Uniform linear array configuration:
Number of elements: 16
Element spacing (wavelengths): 0.75
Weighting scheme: hann
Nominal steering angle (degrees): -30
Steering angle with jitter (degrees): -30.485
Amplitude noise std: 0.05
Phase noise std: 0.05

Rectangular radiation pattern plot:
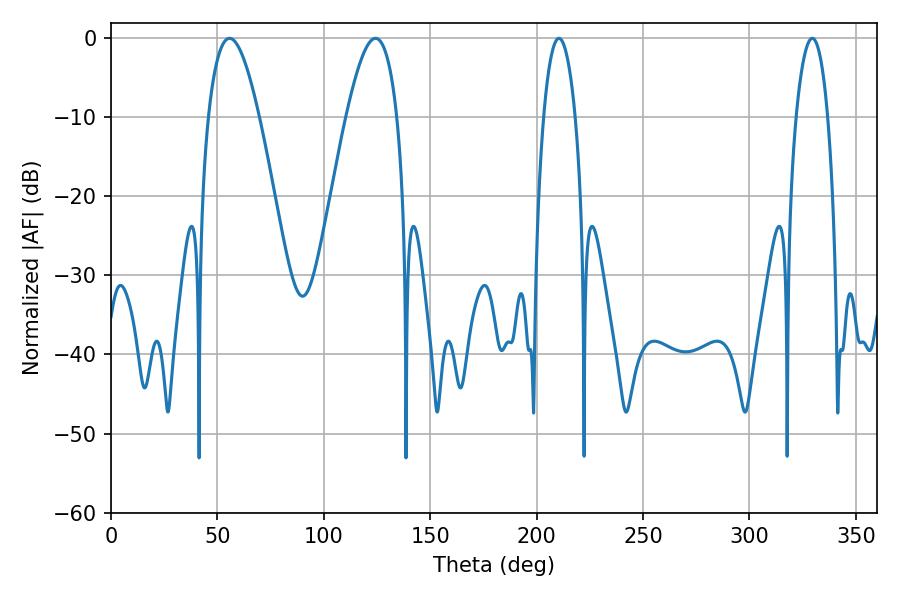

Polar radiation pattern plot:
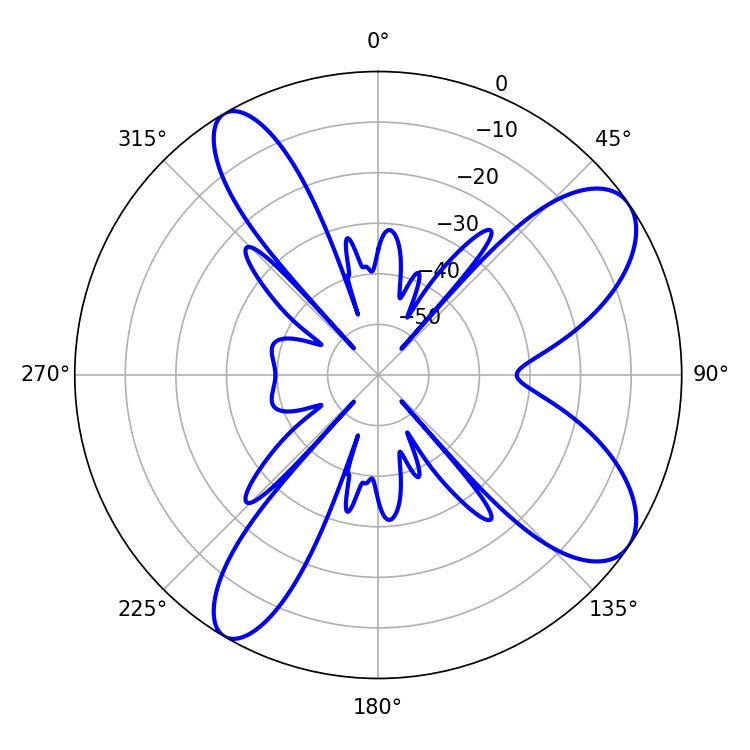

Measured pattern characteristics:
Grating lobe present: TRUE
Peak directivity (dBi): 8.993
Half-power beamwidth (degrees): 12.96
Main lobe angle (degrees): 55.62